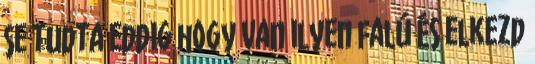
se tudta eddig hogy van ilyen falú és elkezd